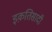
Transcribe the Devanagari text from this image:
इक़तिसादी